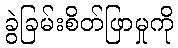
ခွဲခြမ်းစိတ်ဖြာမှုကို